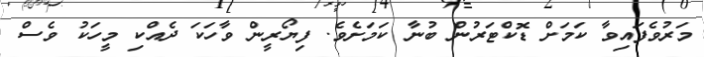
މަރުވެފައިވާ ކަމަށް ޑޮކްޓަަރުން ބުނާ ކަމަށެވެ. ފިޔޯރީން ވާހަކަ ދެއްކި މީހަކު ވެސް